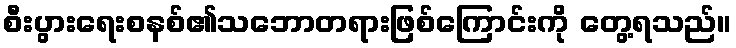
စီးပွားရေးစနစ်၏သဘောတရားဖြစ်ကြောင်းကို တွေ့ရသည်။